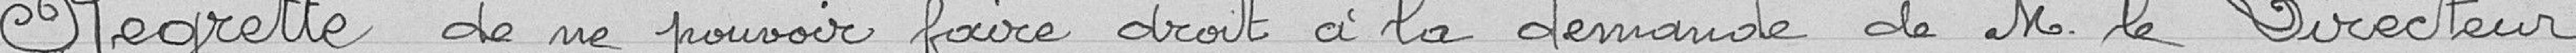
Regrette de ne pouvoir faire droit à la demande de M. le Directeur